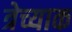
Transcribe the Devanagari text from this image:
त्रेच्याक